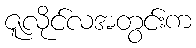
ဇူလိုင်လအတွင်းက